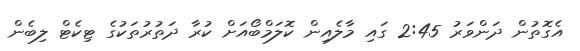
އެގޮތުން ދަންވަރު 2:45 ގައި މާލެއިން ކޮލަމްބޯއަށް ކުރާ ދަތުރުތަކުގެ ޓިކެޓް ލިބެން